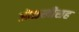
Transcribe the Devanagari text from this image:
ओळखीसह